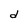
Character: d